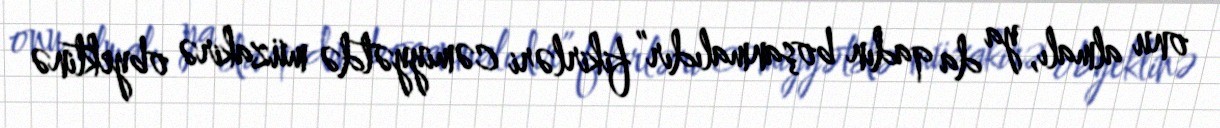
onu almalı, ya da qadın boşanmalıdır” fikirləri cəmiyyətdə müzakirə obyektinə